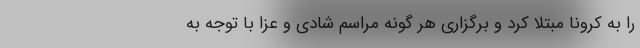
را به کرونا مبتلا کرد و برگزاری هر گونه مراسم شادی و عزا با توجه به